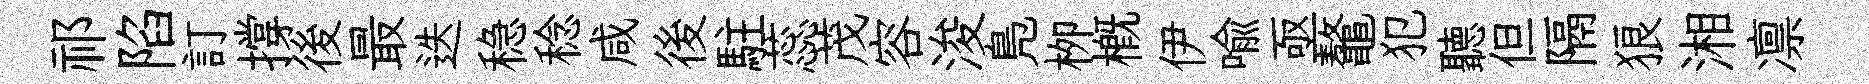
祁陷訂撐後最迭稳稔咸後駐蕊茂容浚鳬栁槪伊喻亟鼇犯聽但隔狼湘凛